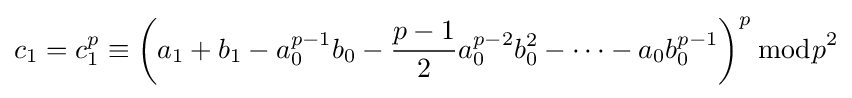
c_{1}=c_{1}^{p}\equiv \left(a_{1}+b_{1}-a_{0}^{p-1}b_{0}-{\frac {p-1}{2}}a_{0}^{p-2}b_{0}^{2}-\cdots -a_{0}b_{0}^{p-1}\right)^{p}{\bmod {p}}^{2}